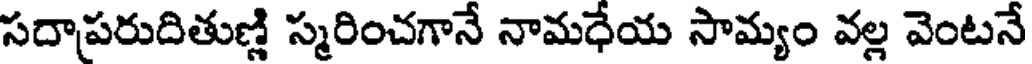
సదాపరుదితుణ్ణి స్మరించగానే నామధేయ సామ్యం వల్ల వెంటనే